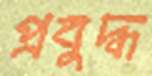
প্রবুদ্ধ